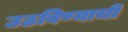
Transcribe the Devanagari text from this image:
उठविण्याची